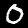
Label: 0